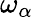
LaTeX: \omega_{\alpha}